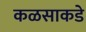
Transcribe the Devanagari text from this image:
कळसाकडे